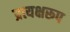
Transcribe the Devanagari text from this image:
प्रत्यक्षरूप